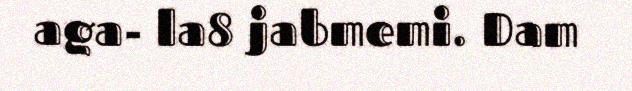
aga- la8 jabmemi. Dam